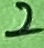
Text: 2